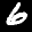
Label: 6